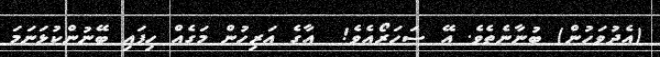
(އެދުވަހުން) ބުނާނެތެވެ. އޭ ސަހަރޯއެވެ!  އާގެ އަރިހުން މަގެއް ހިފައި ބޭނުންކުޅަނަމަ